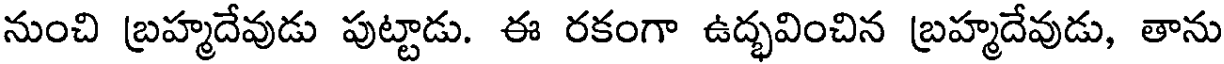
నుంచి బ్రహ్మదేవుడు పుట్టాడు. ఈ రకంగా ఉద్భవించిన బ్రహ్మదేవుడు, తాను